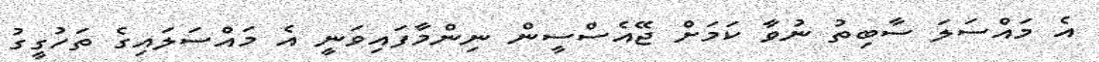
އެ މައްސަލަ ސާބިތު ނުވާ ކަމަށް ޖޭއެސްސީން ނިންމާފައިވަނީ އެ މައްސަލައިގެ ތަހުގީގު